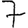
Digit: 7